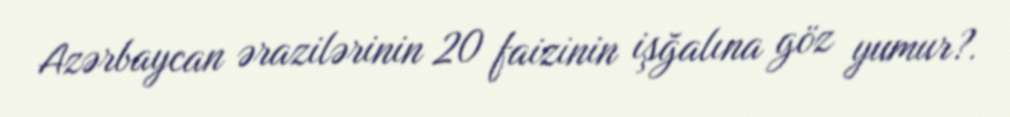
Azərbaycan ərazilərinin 20 faizinin işğalına göz yumur?.